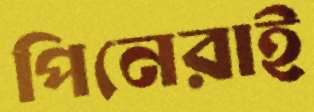
পিনেরাই